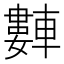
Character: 𬧻